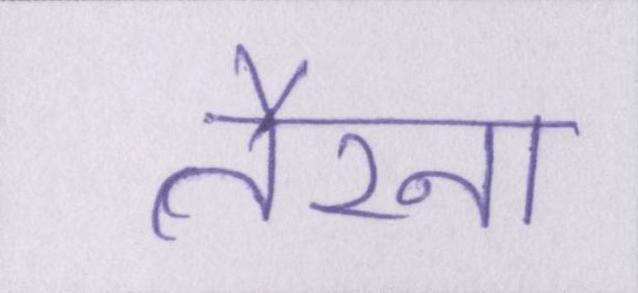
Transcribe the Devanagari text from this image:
तैरना